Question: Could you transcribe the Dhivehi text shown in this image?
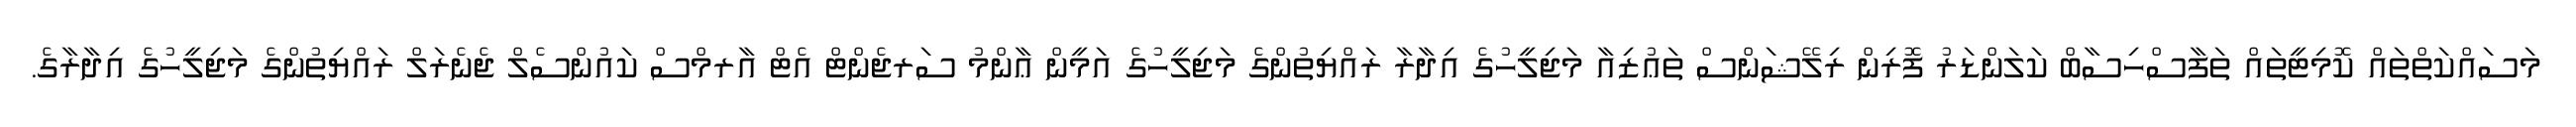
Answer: މަސައްކަތްތައް ކޮމިޓީތައް ތަފާސްހިސާބް ކަލަންޑަރު ފޮރިން ރިލޭޝަންސް ތަޢުޒިއާ މަޖިލީހުގެ އިދާރާ ރައްޔިތުންގެ މަޖިލީހުގެ އަމީން ޢާންމު ސަރޖެންޓް އެޓް އާރމްސް ކައުންސެލް ޖެނެރަލް ރައްޔިތުންގެ މަޖިލީހުގެ އިދާރާގެ.